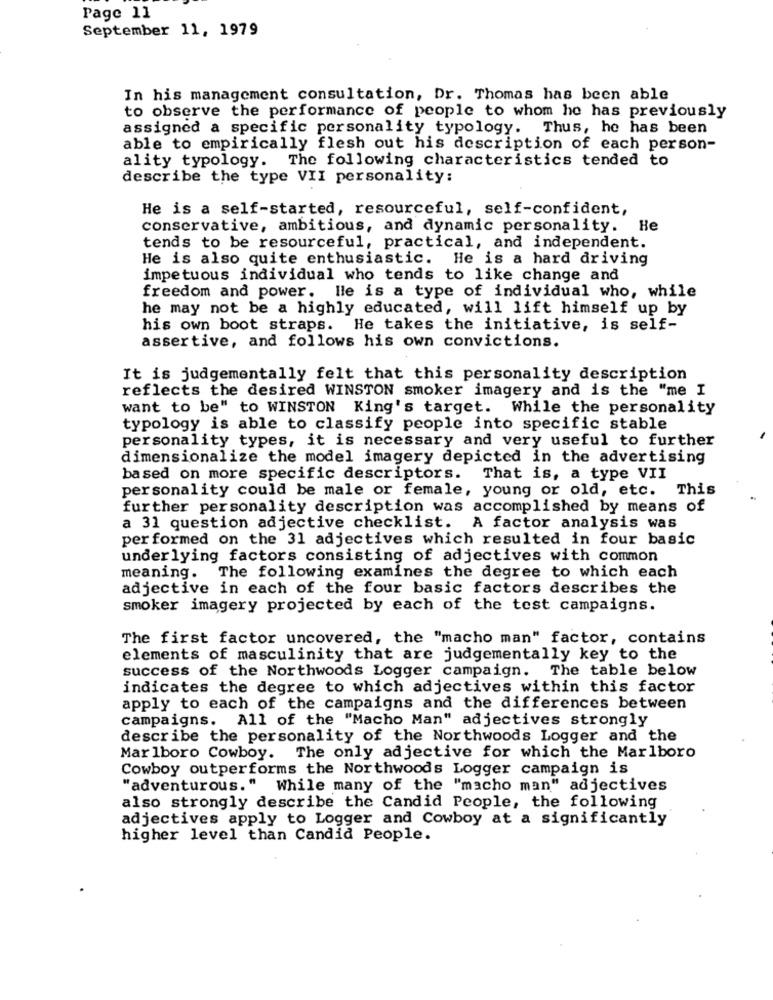
Page 11
September 11, 1979
In his management consultation, Dr. Thomas has been able
to observe the performance of people to whom he has previously
assigned a specific personality typology. Thus, he has been
able to empirically flesh out his description of each person-
ality typology. The following characteristics tended to
describe the type VII personality:
He is a self-started, resourceful, self-confident,
conservative, ambitious, and dynamic personality. He
tends to be resourceful, practical, and independent.
He is also quite enthusiastic. He is a hard driving
impetuous individual who tends to like change and
freedom and power. lle is a type of individual who, while
he may not be a highly educated, will lift himself up by
his own boot straps. He takes the initiative, is self-
assertive, and follows his own convictions.
It is judgementally felt that this personality description
reflects the desired WINSTON smoker imagery and is the "me I
want to be" to WINSTON King's target. While the personality
typology is able to classify people into specific stable
personality types, it is necessary and very useful to further
dimensionalize the model imagery depicted in the advertising
based on more specific descriptors.
That is, a type VII
personality could be male or female, young or old, etc.
This
further personality description was accomplished by means of
a 31 question adjective checklist. A factor analysis was
performed on the 31 adjectives which resulted in four basic
underlying factors consisting of adjectives with common
meaning. The following examines the degree to which each
adjective in each of the four basic factors describes the
smoker imagery projected by each of the test campaigns.
The first factor uncovered, the "macho man" factor, contains
elements of masculinity that are judgementally key to the
success of the Northwoods Logger campaign. The table below
indicates the degree to which adjectives within this factor
apply to each of the campaigns and the differences between
campaigns. All of the "Macho Man" adjectives strongly
describe the personality of the Northwoods Logger and the
Marlboro Cowboy. The only adjective for which the Marlboro
Cowboy outperforms the Northwoods Logger campaign is
"adventurous." While many of the "macho man" adjectives
also strongly describe the Candid People, the following
adjectives apply to Logger and Cowboy at a significantly
higher level than Candid People.